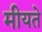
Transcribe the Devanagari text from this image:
मीयते